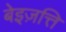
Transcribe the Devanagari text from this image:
बेइज़त्ति